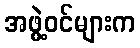
အဖွဲ့ဝင်များက